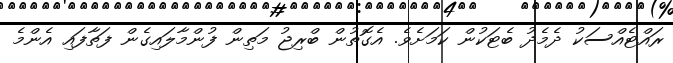
ރައްޓެއްސަކު ދެމެދު ބެޓަކުން ކަމަށެވެ. އެގޮތުން ބްރިޖު މަތިން ފުންމާލައިގެން ފަތާފައި އެންމެ